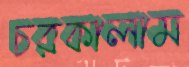
চরকালাম